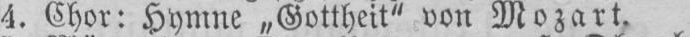
4. Chor: Hymne „Gottheit“ von Mozart.